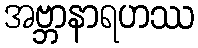
အဗ္ဘာနာရဟဿ